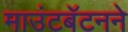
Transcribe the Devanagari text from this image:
माउंटबॅटनने